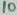
Text: 10